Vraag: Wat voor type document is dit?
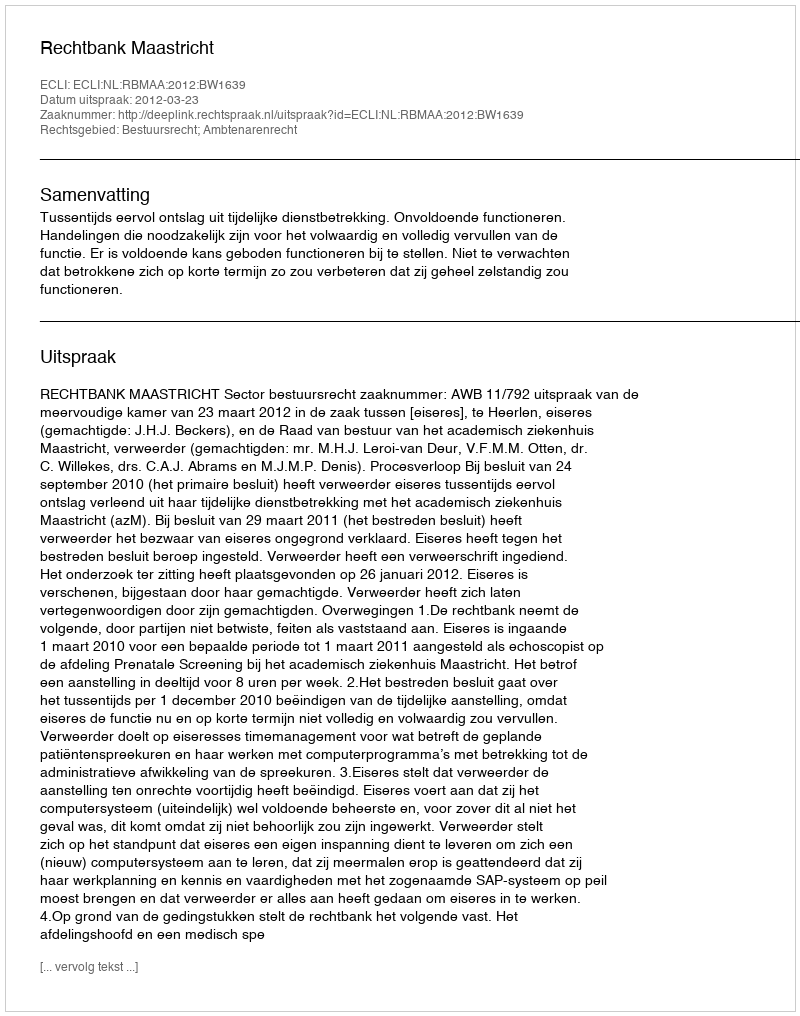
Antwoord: Uitspraak